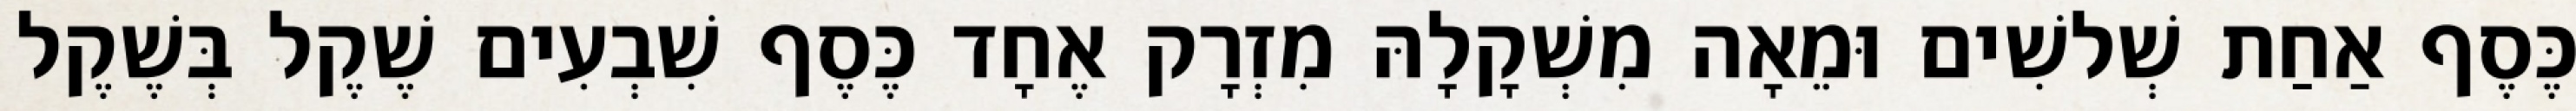
כֶּסֶף אַחַת שְׁלשִׁים וּמֵאָה מִשְׁקָלָהּ מִזְרָק אֶחָד כֶּסֶף שִׁבְעִים שֶׁקֶל בְּשֶׁקֶל